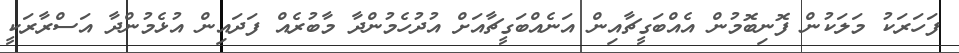
ފަހަރަކު މަލަކުން ފޮނިބޮމުން އެއްބަގީޗާއިން އަނެއްބަގީޗާއަށް އުދުހެމުންދާ މާބުރެއް ފަދައިން އުޅެމުންދާ އަސްރާރަކީ